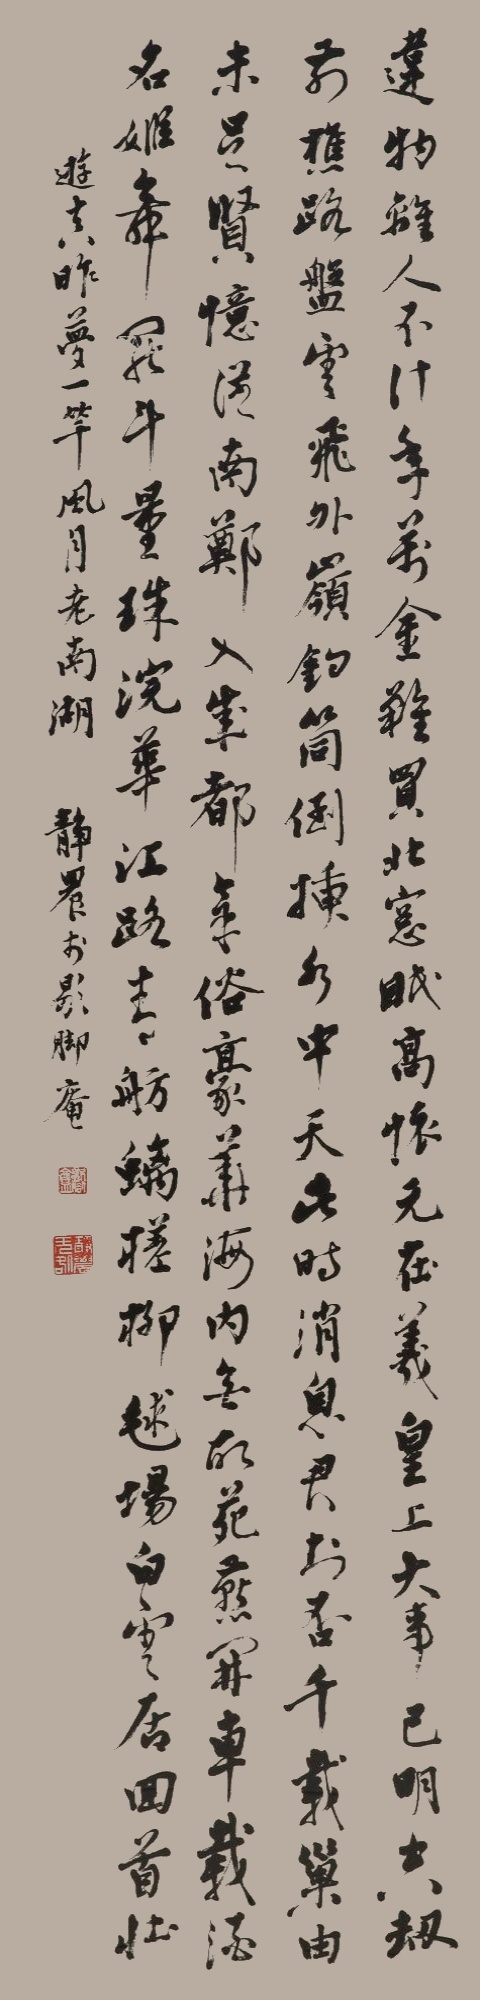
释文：违物离人不计年，万金难买北窗眠。高怀元在羲皇上，大事已明空劫前。樵路细盘云外岭，钓筒倒插水中天。此时消息君知否。千载巢由未足贤。忆从南郑入成都，气俗豪华海内无，故苑燕开车载酒，名姬舞罢斗量珠，浣花江路青螭舫，槎柳球场白雪驹，回首壮游真昨梦，一竿风月老南湖。静农于歇脚庵。